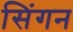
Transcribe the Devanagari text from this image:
सिंगन